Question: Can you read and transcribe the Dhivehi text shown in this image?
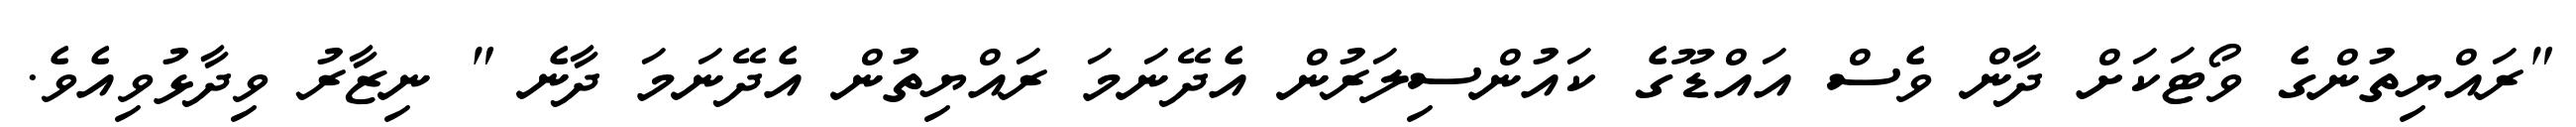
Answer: "ރައްޔިތުންގެ ވޯޓަކަށް ދާން ވެސް އައްޑޫގެ ކައުންސިލަރުން އެދޭނަމަ ރައްޔިތުން އެދޭނަމަ ދާނެ " ނިޒާރު ވިދާޅުވިއެވެ.